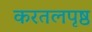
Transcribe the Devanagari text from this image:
करतलपृष्ठ